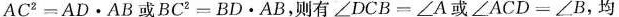
$$AC^{2} =AD\cdot AB$$或$$BC^{2} =BD\cdot AB$$，$$\angle DCB=\angle A$$或$$\angle ACD=\angle B$$，均